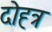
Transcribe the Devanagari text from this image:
दोह्त्र